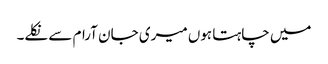
میں چاہتا ہوں میری جان آرام سے نکلے۔